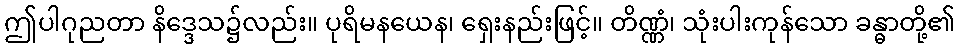
ဤပါဂုညတာ နိဒ္ဒေသ၌လည်း။ ပုရိမနယေန၊ ရှေးနည်းဖြင့်။ တိဏ္ဏံ၊ သုံးပါးကုန်သော ခန္ဓာတို့၏